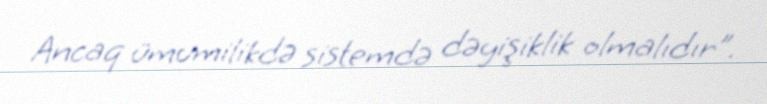
Ancaq ümumilikdə sistemdə dəyişiklik olmalıdır”.